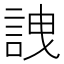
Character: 䛖